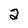
Character: 2